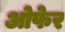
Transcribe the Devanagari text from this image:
ओफेर